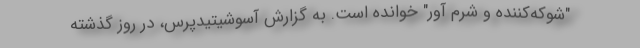
"شوکه‌کننده و شرم آور" خوانده است. به گزارش آسوشیتیدپرس، در روز گذشته